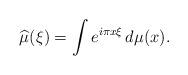
LaTeX: \begin{align*}\widehat{\mu}(\xi)= \int e^{i\pi x\xi}\,d\mu(x).\end{align*}